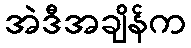
အဲဒီအချိန်က